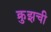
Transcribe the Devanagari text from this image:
क्रुझची